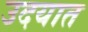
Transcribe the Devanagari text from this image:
उदयात